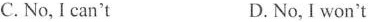
C. No, I can't D. No, I won't